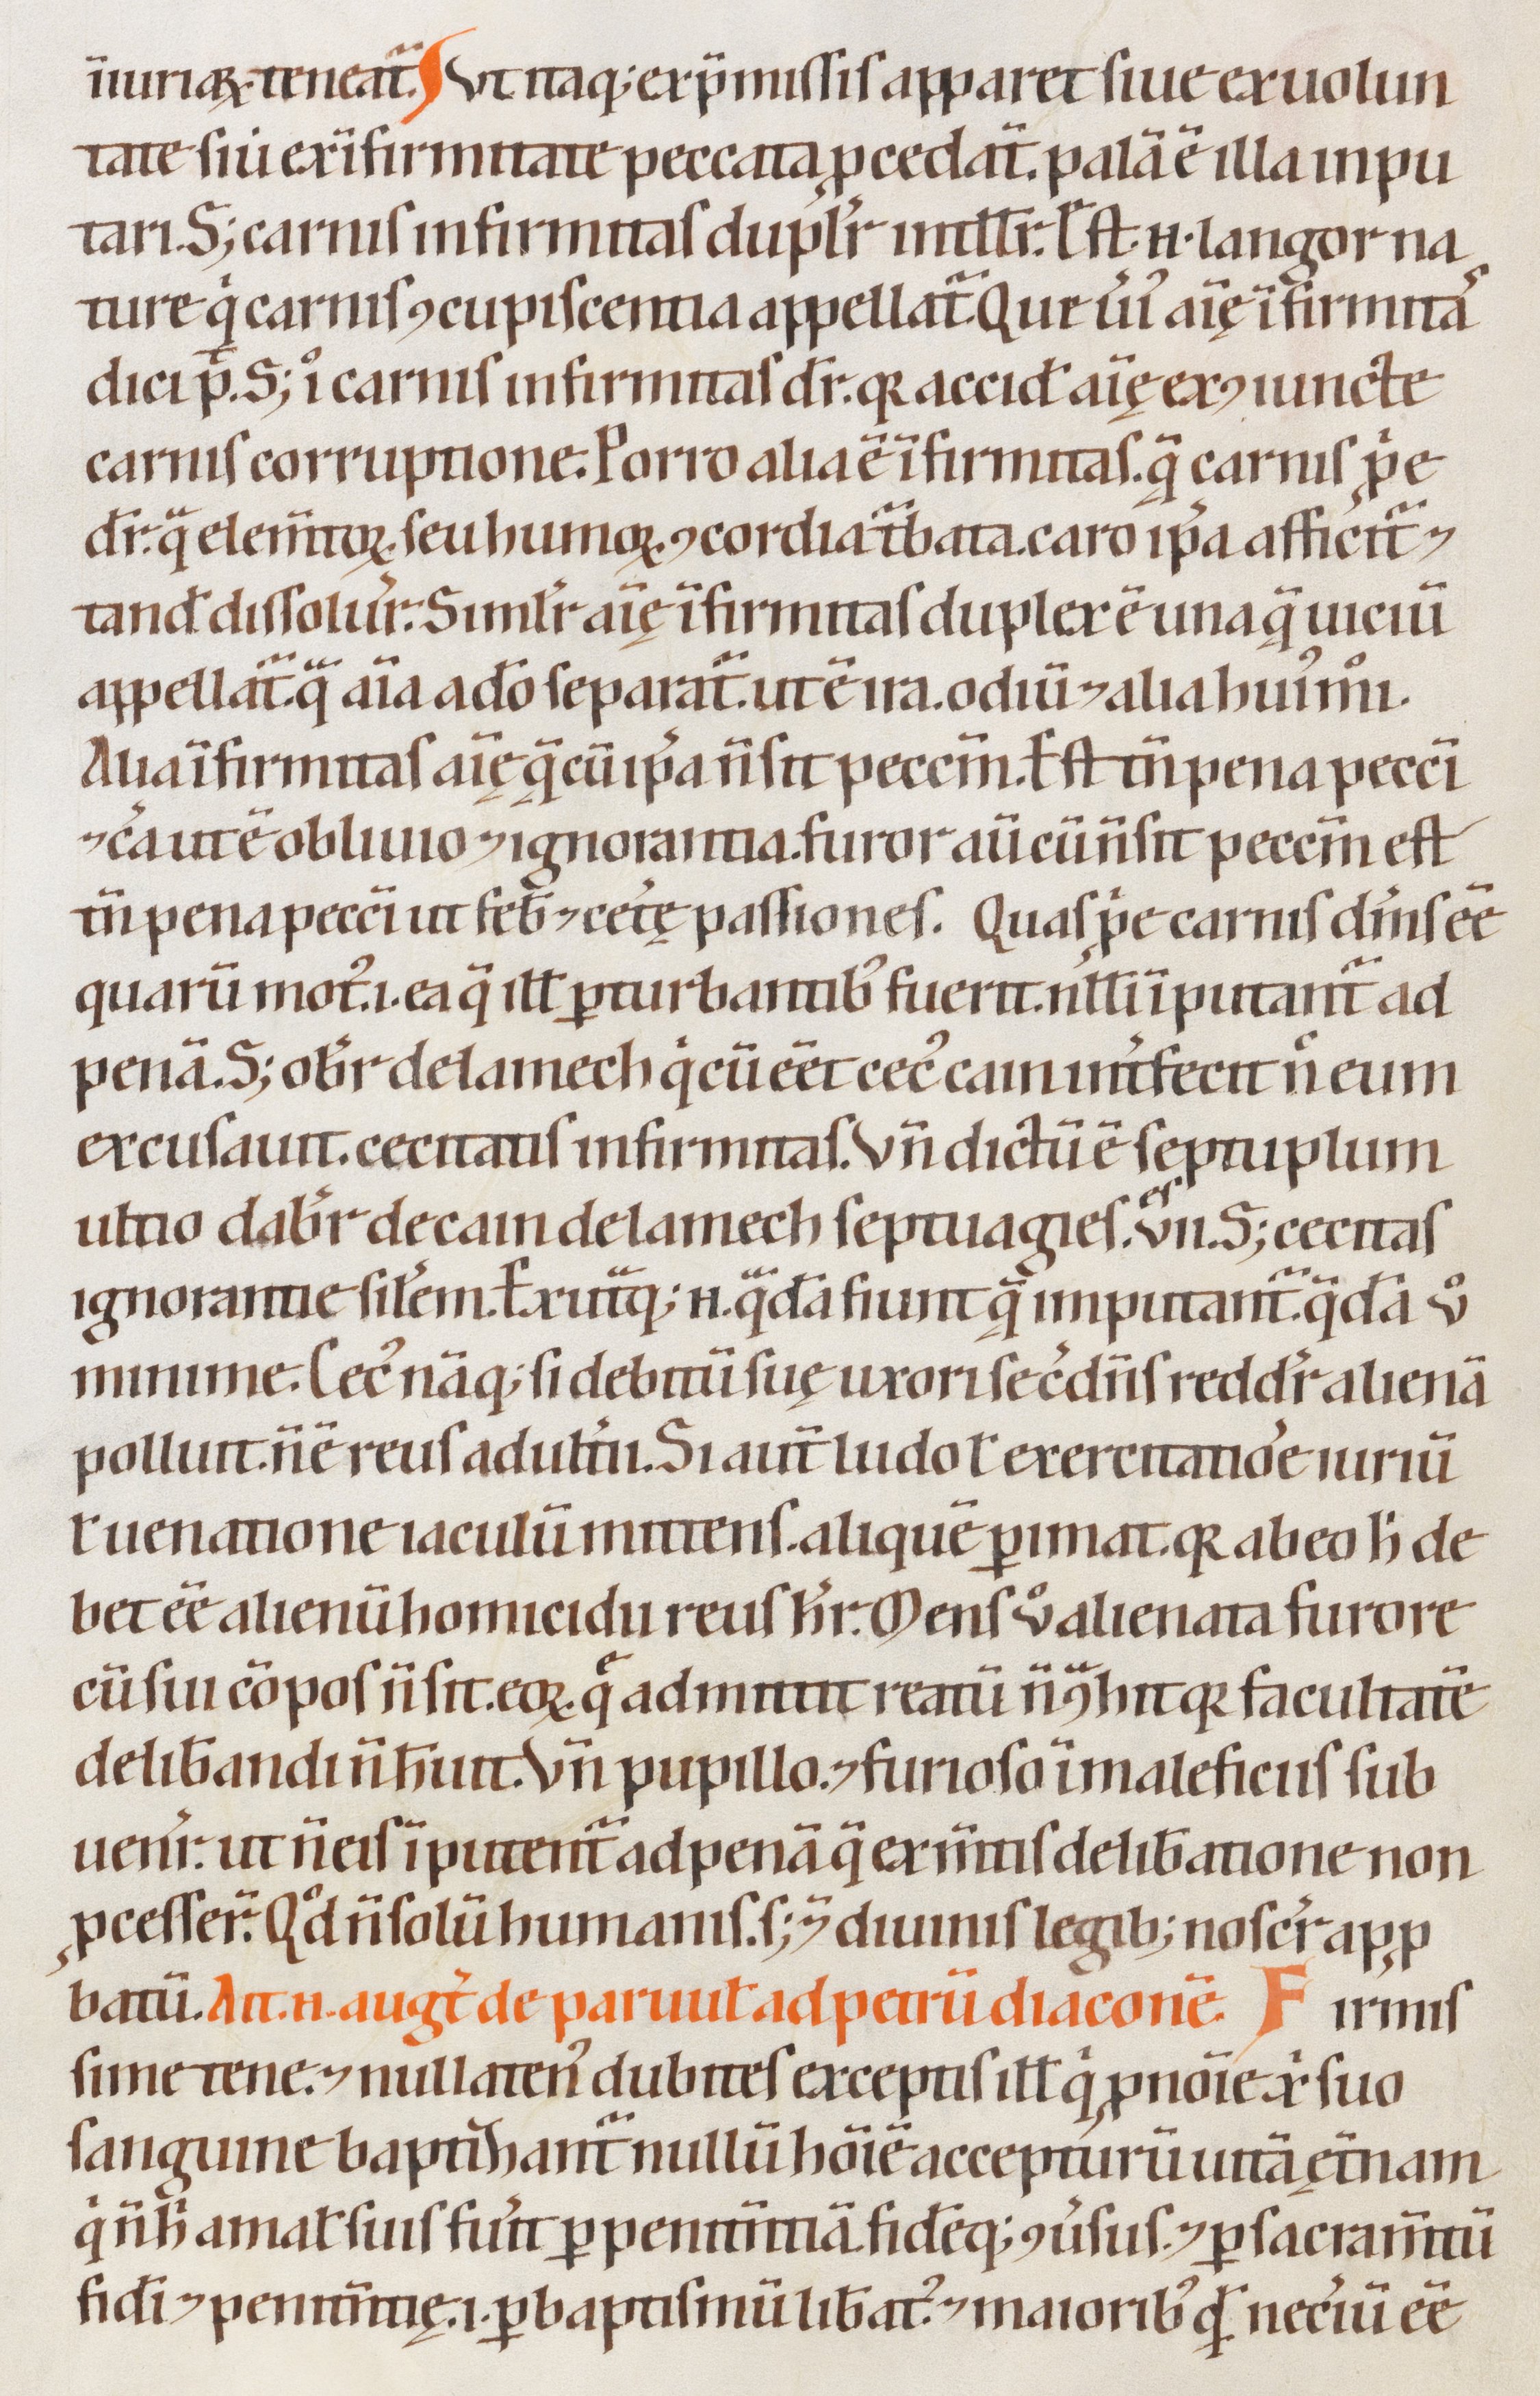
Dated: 1200–1299